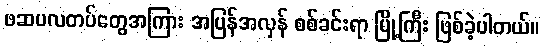
ဖဆပလတပ်တွေအကြား အပြန်အလှန် စစ်ခင်းရာ မြို့ကြီး ဖြစ်ခဲ့ပါတယ်။